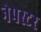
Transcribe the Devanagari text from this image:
नेपस्टर